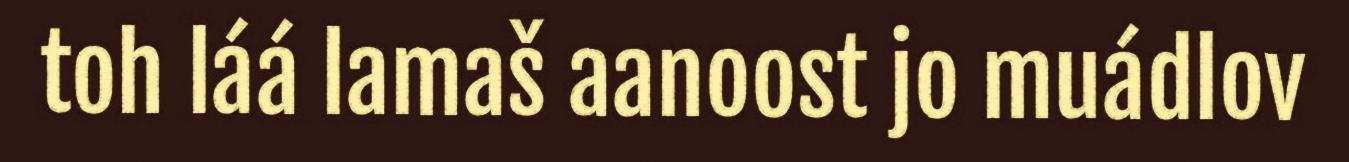
toh láá lamaš aanoost jo muádlov